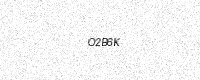
Text: O2B6K